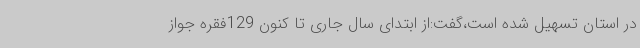
در استان تسهیل شده است،گفت:از ابتدای سال جاری تا کنون 129فقره جواز